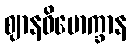
ဈာနဝိမောက္ခာန